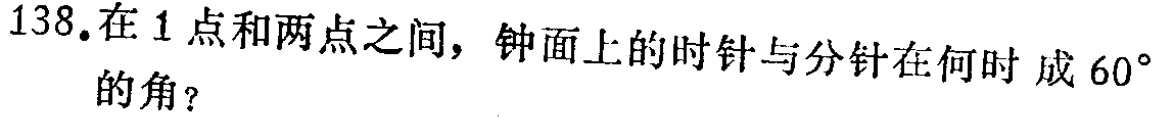
138.在1点和两点之间，钟面上的时针与分针在何时成$60^{\circ}$的角？